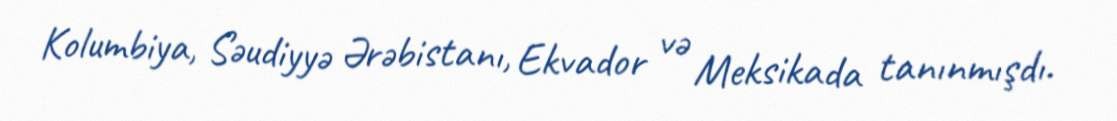
Kolumbiya, Səudiyyə Ərəbistanı, Ekvador və Meksikada tanınmışdı.